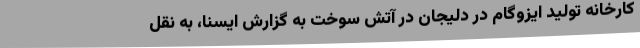
کارخانه تولید ایزوگام در دلیجان در آتش سوخت به گزارش ایسنا، به نقل